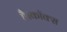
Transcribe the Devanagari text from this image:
है।कॉक्स